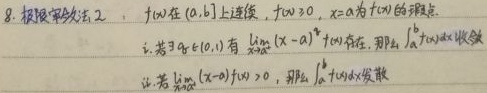
8. 极限审敛法 2：$f(x)$ 在 $(a,b]$ 上连续，$f(x)\geq0$，$x = a$ 为 $f(x)$ 的瑕点。
   - i. 若 $\exists q\in(0,1)$ 有 $\lim\limits_{x\to a^{+}}(x - a)^{q}f(x)$ 存在，那么 $\int_{a}^{b}f(x)dx$ 收敛。
   - ii. 若 $\lim\limits_{x\to a^{+}}(x - a)f(x)\geq0$，那么 $\int_{a}^{b}f(x)dx$ 发散。